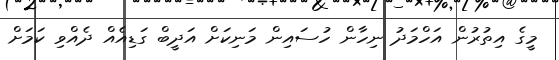
މީގެ އިތުރުން އަހްމަދު ނިހާން ހުސައިން މަނިކަށް އަދީބް ގަޑިއެއް ދެއްވި ކަމަށް